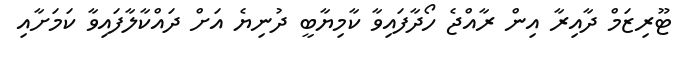
ޓޫރިޒަމް ދާއިރާ އިން ރާއްޖެ ހޯދާފައިވާ ކާމިޔާބީ ދުނިޔެ އަށް ދައްކާލާފައިވާ ކަމަށާއި